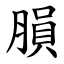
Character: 䐣